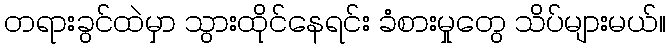
တရားခွင်ထဲမှာ သွားထိုင်နေရင်း ခံစားမှုတွေ သိပ်များမယ်။